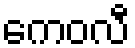
ကေဝလီ